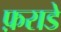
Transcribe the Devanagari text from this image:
फ़राडे